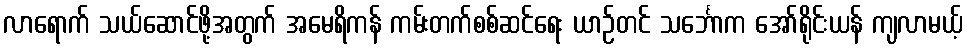
လာရောက် သယ်ဆောင်ဖို့အတွက် အမေရိကန် ကမ်းတက်စစ်ဆင်ရေး ယာဉ်တင် သင်္ဘောက အော်ရိုင်းယန် ကျလာမယ့်